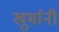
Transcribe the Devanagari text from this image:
खुर्मानी